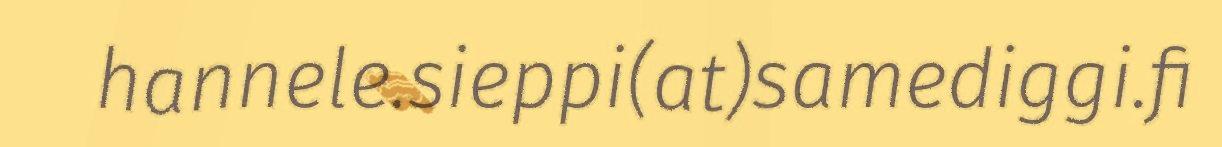
hannele.sieppi(at)samediggi.fi